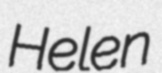
Helen